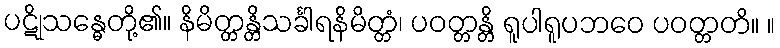
ပဋိုသန္ဓေတို့၏။ နိမိတ္တန္တိသင်္ခါရနိမိတ္တံ၊ ပဝတ္တန္တိ ရူပါရူပဘဝေ ပဝတ္တတိ။ ။